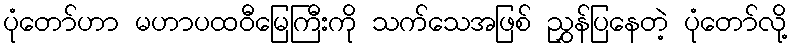
ပုံတော်ဟာ မဟာပထဝီမြေကြီးကို သက်သေအဖြစ် ညွှန်ပြနေတဲ့ ပုံတော်လို့